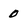
Character: 0